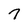
Character: 7